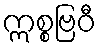
ဣစ္စဗြဝီ